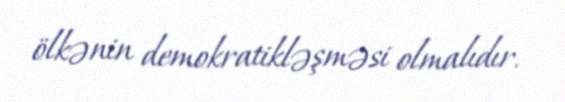
ölkənin demokratikləşməsi olmalıdır.